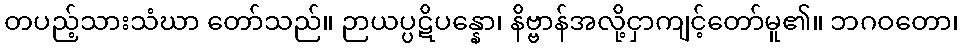
တပည့်သားသံဃာ တော်သည်။ ဉာယပ္ပဋိပန္နော၊ နိဗ္ဗာန်အလို့ငှာကျင့်တော်မူ၏။ ဘဂဝတော၊